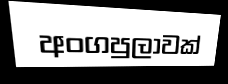
අංගපුලාවක්